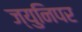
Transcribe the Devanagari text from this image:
ज्युनिपर